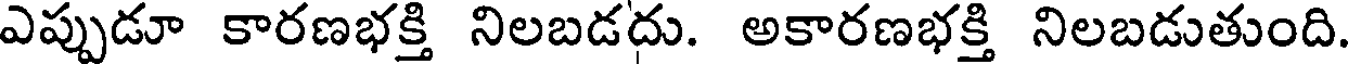
ఎప్పుడూ కారణభక్తి నిలబడదు. అకారణభక్తి నిలబడుతుంది.